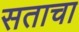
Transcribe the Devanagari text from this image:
सताचा